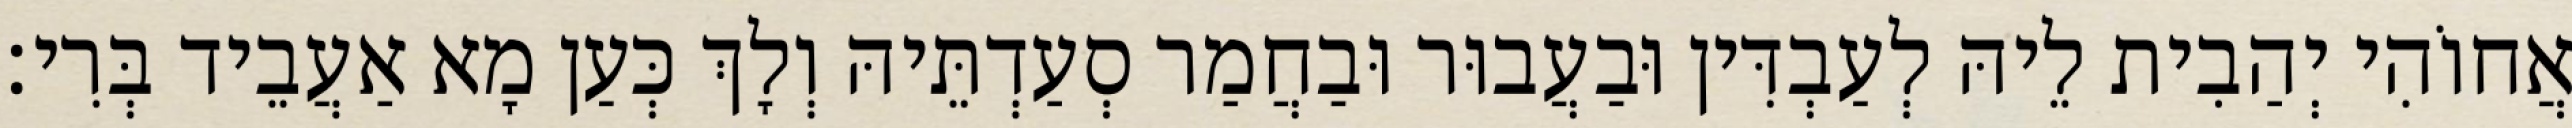
אֲחוֹהִי יְהַבִית לֵיהּ לְעַבְדִּין וּבַעֲבוּר וּבַחֲמַר סְעַדְתֵּיהּ וְלָךְ כְּעַן מָא אַעֲבֵיד בְּרִי׃